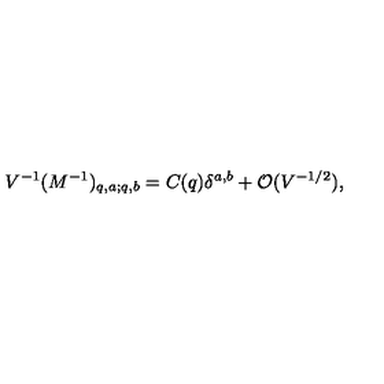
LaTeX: V ^ { - 1 } ( M ^ { - 1 } ) _ { q , a ; q , b } = C ( q ) \delta ^ { a , b } + { \cal O } ( V ^ { - 1 / 2 } ) \mathrm { , }